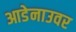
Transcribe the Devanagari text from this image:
आडेनाउवर